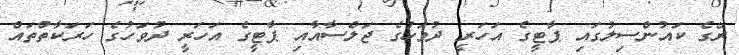
ރޭގެ ކައުންސިލުގައި ޕާޓީގެ އަހަރީ ދުވަހުގެ ޖަލްސާއާއި ޕާޓީގެ އަހަރީ ދުވަހުގެ ހަރަކާތްތައް